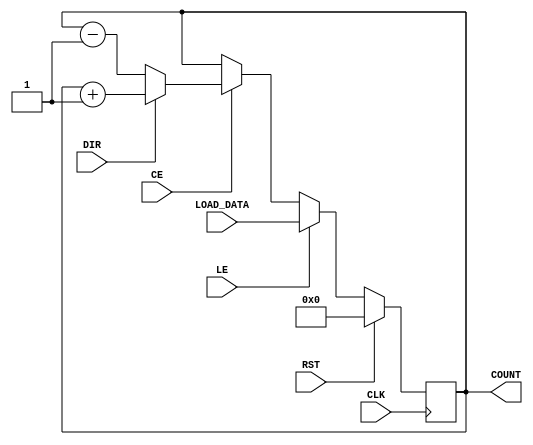
module LoadableCounter #(
    parameter N = 8  // Width of the counter
)(
    input wire CLK,         // Clock signal
    input wire RST,         // Reset signal
    input wire LE,          // Load Enable
    input wire CE,          // Count Enable
    input wire DIR,         // Count Direction (1: Up, 0: Down)
    input wire [N-1:0] LOAD_DATA, // Data to load into the counter
    output reg [N-1:0] COUNT  // Current count value
);

    // Synchronous reset and load/load functionality
    always @(posedge CLK) begin
        if (RST) begin
            COUNT <= {N{1'b0}}; // Reset to zero or predefined value
        end else if (LE) begin
            COUNT <= LOAD_DATA; // Load new value into counter
        end else if (CE) begin
            if (DIR) begin
                COUNT <= COUNT + 1; // Increment count
            end else begin
                COUNT <= COUNT - 1; // Decrement count
            end
        end
    end

endmodule